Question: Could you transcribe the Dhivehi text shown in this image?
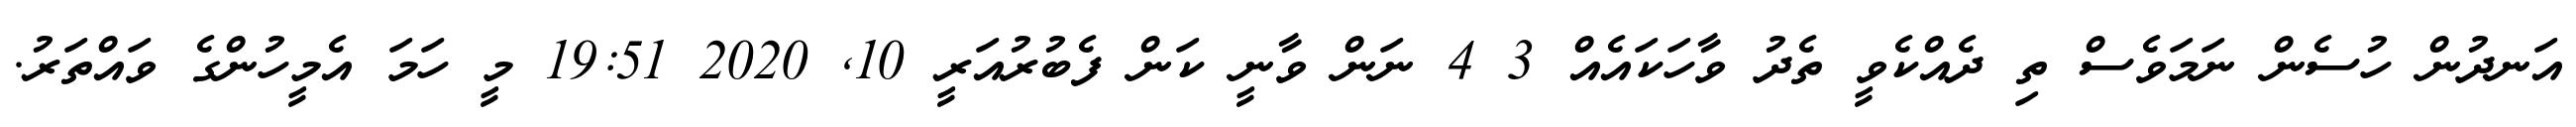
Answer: އަނދުން ހުސެން ނަމަވެސް ތި ދެއްކެވީ ތެދު ވާހަކައެއް 3 4 ނަން ވާނީ ކަން ފެބުރުއަރީ 10, 2020 19:51 މީ ހަމަ އެމީހުންގެ ވައްތަރު.